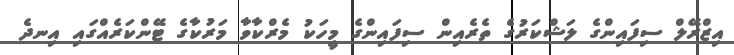
އިޒްރޭލް ސިފައިންގެ ލަޝްކަރުގެ ތެރެއިން ސިފައިންގެ މީހަކު މެރްކާވާ މަރުކާގެ ޓޭންކަރެއްގައި އިނދެ